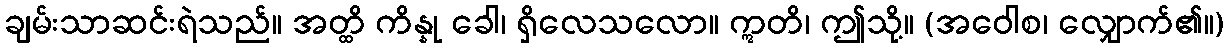
ချမ်းသာဆင်းရဲသည်။ အတ္ထိ ကိန္နု ခေါ၊ ရှိလေသလော။ ဣတိ၊ ဤသို့။ (အဝေါစ၊ လျှောက်၏။)